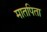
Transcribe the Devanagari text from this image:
मातपिता